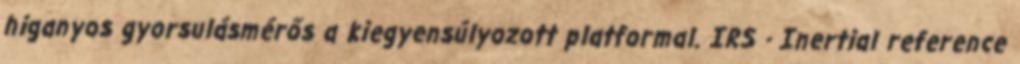
higanyos gyorsulásmérős a kiegyensúlyozott platformal. IRS - Inertial reference